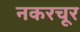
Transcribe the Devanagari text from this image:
नकरचूर